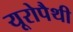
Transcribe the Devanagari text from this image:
यूरोपैथी